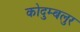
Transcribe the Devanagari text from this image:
कोदुम्बलुर